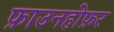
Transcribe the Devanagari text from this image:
फ़ाउनहोफ़र